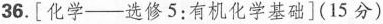
36.[化学——选修5：有机化学基础](15分)